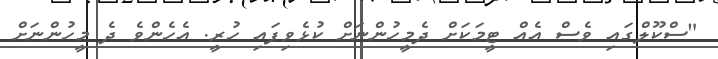
"ސްކޫލްގައި ވެސް އެއް ޓީމަކަށް ދެމީހުންނަށް ކުޅެވިފައި ހުރީ. އެހެންވެ ދެ މީހުންނަށް